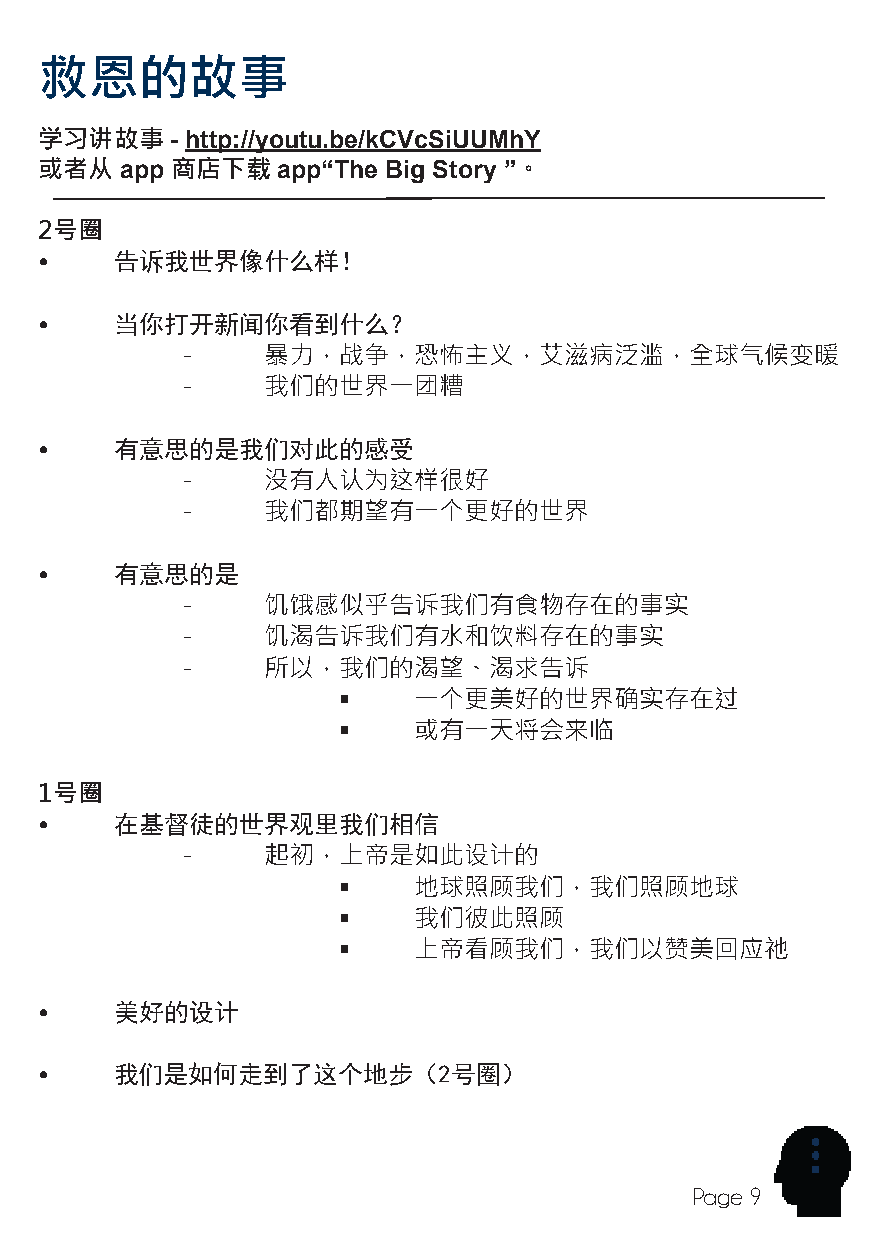
NewHope Baptist Church
 救恩的故事
 学习讲故事   - http://youtu.be/kCVcSiUUMhY
 或者从  app 商店下载  app“The Big Story ”。
 2号圈
 •    告诉我世界像什么样！
 •    当你打开新闻你看到什么？
 -    暴力，战争，恐怖主义，艾滋病泛滥，全球气候变暖
 -    我们的世界一团糟
 •    有意思的是我们对此的感受
 -    没有人认为这样很好
 -    我们都期望有一个更好的世界
 •    有意思的是
 -    饥饿感似乎告诉我们有食物存在的事实
 -    饥渴告诉我们有水和饮料存在的事实
 -    所以，我们的渴望、渴求告诉
     一个更美好的世界确实存在过
     或有一天将会来临
 1号圈
 •    在基督徒的世界观里我们相信
 -    起初，上帝是如此设计的
     地球照顾我们，我们照顾地球
     我们彼此照顾
     上帝看顾我们，我们以赞美回应祂
 •    美好的设计
 •    我们是如何走到了这个地步（2号圈）
 Page 9